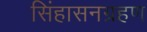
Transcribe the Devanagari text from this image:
सिंहासनग्रहण